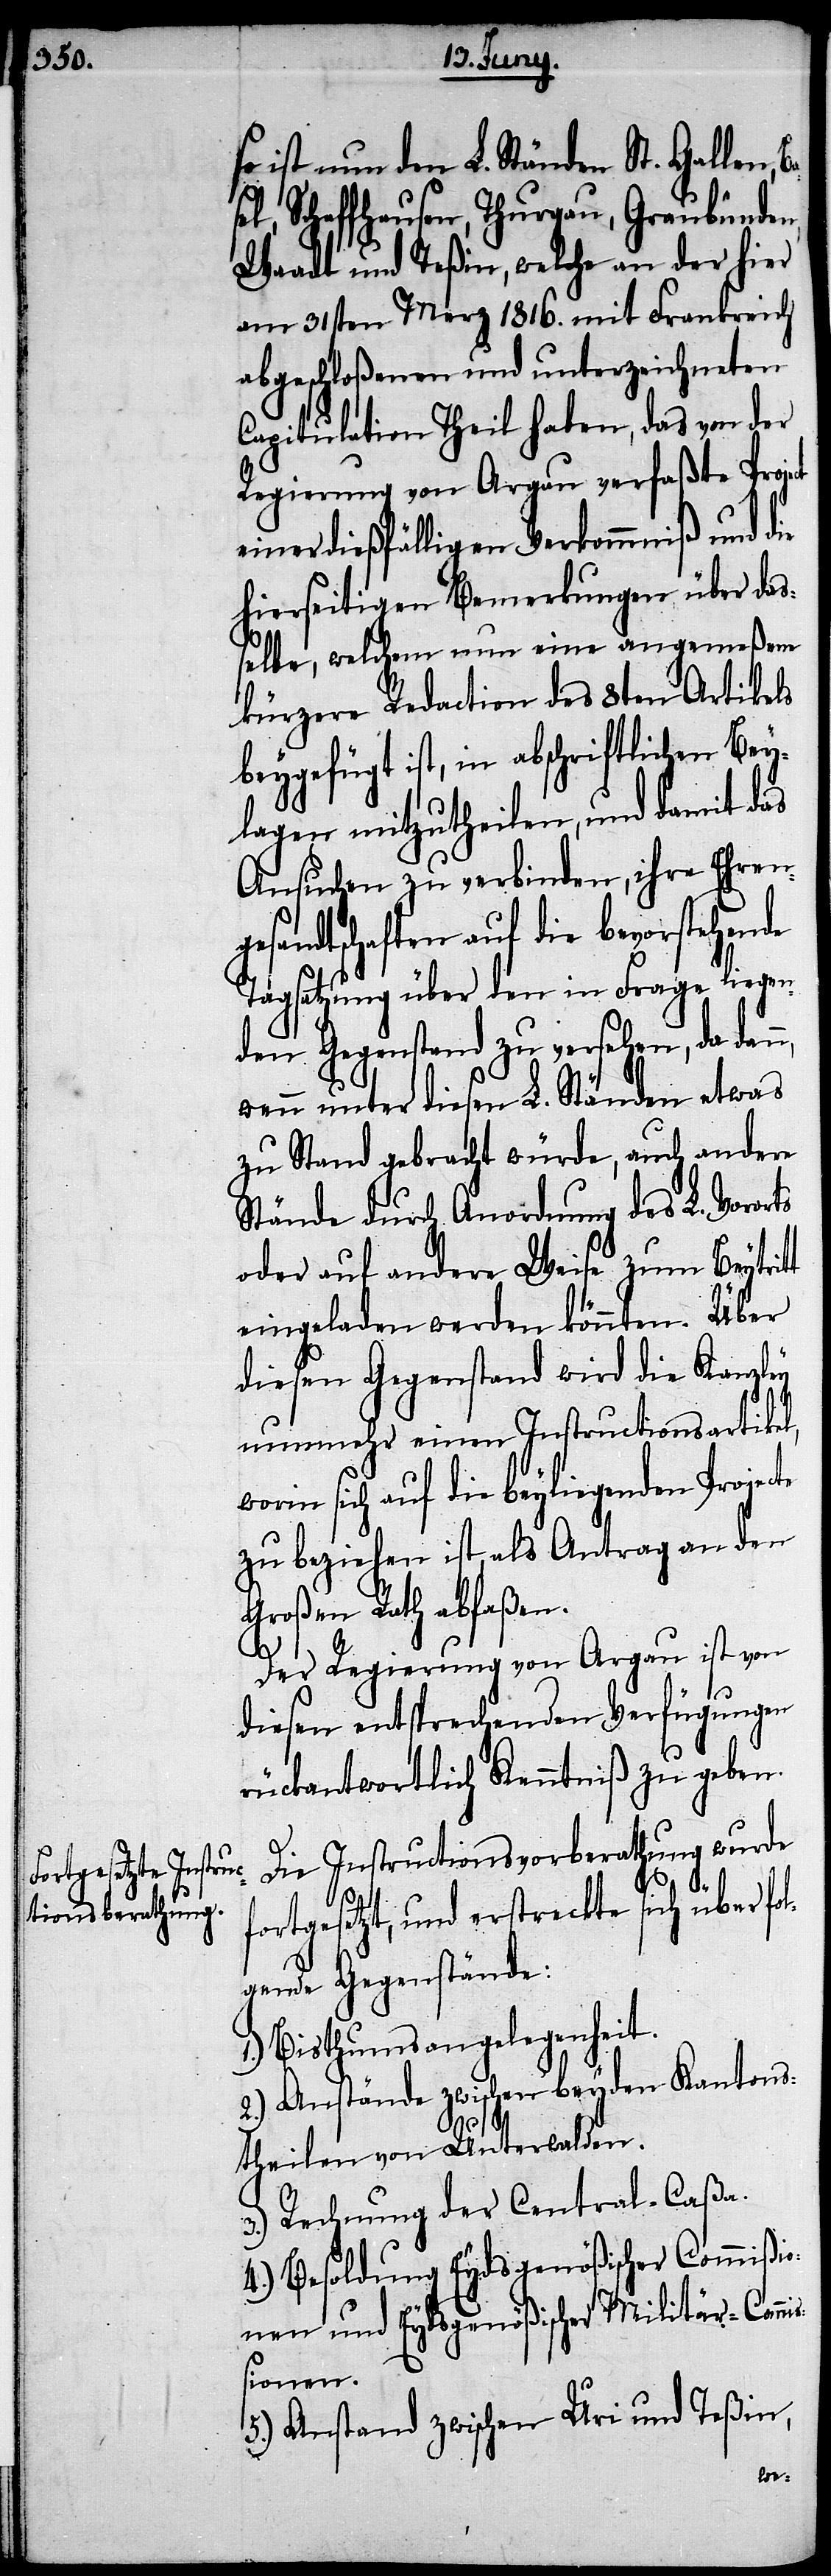
so ist nun den L. Ständen St. Gallen,
sel, Schaffhausen, Thurgau, Graubünden,
Waadt und Teßin, welche an der hier
am 31sten Merz 1816. mit Frankreich
abgeschloßenen und unterzeichneten
Capitulation Theil haben, das von der
Regierung von Argau verfaßte Project
einer dießfälligen Verkommniß und die
hierseitigen Bemerkungen über das¬
selbe, welchem nun eine angemeßene
kürzere Redaction des 8ten Artikels
beygefügt ist, in abschriftlichen Bey¬
lagen mitzutheilen, und damit das
Ansuchen zu verbinden, ihre Ehren¬
gesandtschaften auf die bevorstehende
Tagsatzung über den in Frage liegen¬
den Gegenstand zu versehen, da dann,
wenn unter diesen L. Ständen etwas
zu Stand gebracht würde, auch andere
Stände durch Anordnung des L. Voror¬
oder auf andere Weise zum Beytrit¬
eingeladen werden könnten. Über
diesen Gegenstand wird die Kanzley
nunmehr einen Instructionsartikel,
worin sich auf die beyliegenden Projecte
zu beziehen ist, als Antrag an den
Großen Rath abfaßen.
Der Regierung von Argau ist von
diesen entsprechenden Verfügungen
rückantwortlich Kenntniß zu geben.
Die Instructionsvorberathung wurde
ts
fortgesetzt, und erstreckte sich über fo¬
lgende Gegenstände:
1.) Bisthumsangelegenheit.
2.) Anstände zwischen beyden Kantons¬
t
theilen von Unterwalden.
3.) Rechnung der Central-Caßa.
4.) Besoldung Eydsgenößischer Commißio¬
nen und Eydsgenößischer Militär-Comm¬
ißionen.
5.) Anstand zwischen Uri und Teßin,
Ba¬